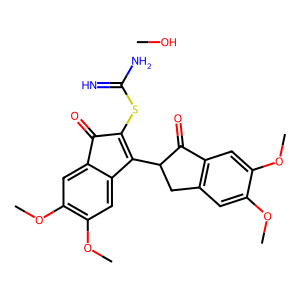
SMILES: CO.COc1cc2c(cc1OC)C(=O)C(C1=C(SC(=N)N)C(=O)c3cc(OC)c(OC)cc31)C2
Inhibits HIV replication: No